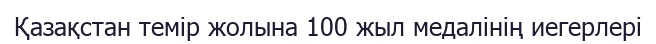
Қазақстан темір жолына 100 жыл медалінің иегерлері